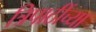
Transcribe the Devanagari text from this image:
त्रिपाठींच्या